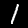
Label: 1